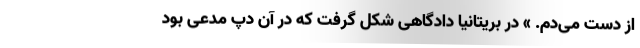
از دست می‌دم. » در بریتانیا دادگاهی شکل گرفت که در آن دپ مدعی بود